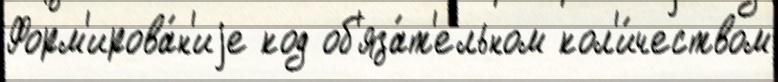
Форм'ирова́н'иjе код об'яза́т'ельном кол'и́чеством